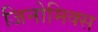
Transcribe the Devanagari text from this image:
जिनोमिक्स